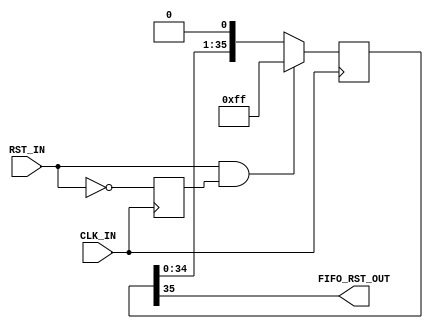
/**
 * Last Modified Date: 06.06.2022
 * Last Modified By  : zhangzhao <zhangzhao@ihep.ac.cn>
 * Description       : generate a global reset signal for all modules
 */

`timescale 1ns / 1ps
`default_nettype wire

//***************************** Entity Declaration ****************************
module reset
    (
        //---------------------  Clocking signal  ---------------------------
        input                                   CLK_IN,

        //--------------------  Bus reset signal  ---------------------------
        input                                   RST_IN,

        //--------------------  Fifo reset signal  --------------------------
        output                                  FIFO_RST_OUT

    );

    //***************************** Wire Declarations *****************************
    // ground and vcc signals
    wire            tied_to_ground_i;
    wire    [63:0]  tied_to_ground_vec_i;
    wire            tied_to_vcc_i;
    wire    [63:0]  tied_to_vcc_vec_i;

    //*************************** Register Declarations ***************************
    reg             rst_tmp;
    reg     [35:0]  rst_pipe = 36'h000000000;

    //***************************** Main Body of Code *****************************
    // static sigals
    assign tied_to_ground_i     = 1'b0;
    assign tied_to_ground_vec_i = 64'h0000000000000000;
    assign tied_to_vcc_i        = 1'b1;
    assign tied_to_vcc_vec_i    = 64'hffffffffffffffff;

    // output reset fifo signal
    assign FIFO_RST_OUT         = rst_pipe[35];

    //---------------------------  Fifo reset Instances  --------------------------------
    // Implement reset_pipe generation
    always @( posedge CLK_IN )
    begin
        rst_tmp <= ~RST_IN;
        if (RST_IN & rst_tmp)
            rst_pipe <= 36'h0000000ff;
        else
            rst_pipe <= {rst_pipe[34:0], 1'b0};
    end

endmodule